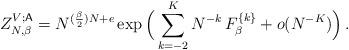
LaTeX: \begin{align*} Z_{N, \beta}^{V;\mathsf{A}} = N^{(\frac{\beta}{2})N + e}\exp\Big(\sum_{k =-2}^K N^{-k}\, F^{\{k\}}_{ \beta} + o(N^{-K})\Big)\,.\end{align*}